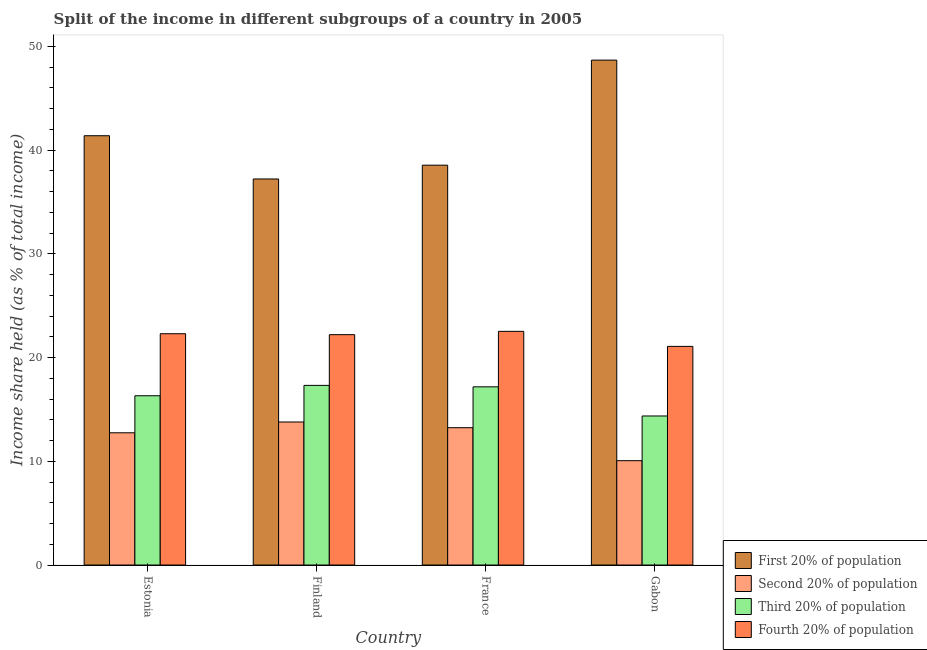
| Country | First 20% of population | Second 20% of population | Third 20% of population | Fourth 20% of population |
 | --- | --- | --- | --- | --- |
 | Estonia | 41.4 | 12.8 | 16.3 | 22.3 |
 | Finland | 37.2 | 13.8 | 17.3 | 22.2 |
 | France | 38.5 | 13.2 | 17.2 | 22.5 |
 | Gabon | 48.7 | 10.1 | 14.4 | 21.1 |